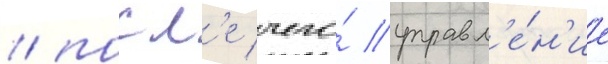
/ посл'е чего́ управл'е́н'ие